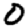
Digit: 0